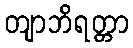
တျာဘိရတ္တာ